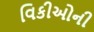
વિકીઓની